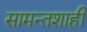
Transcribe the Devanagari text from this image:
सामन्तशाही